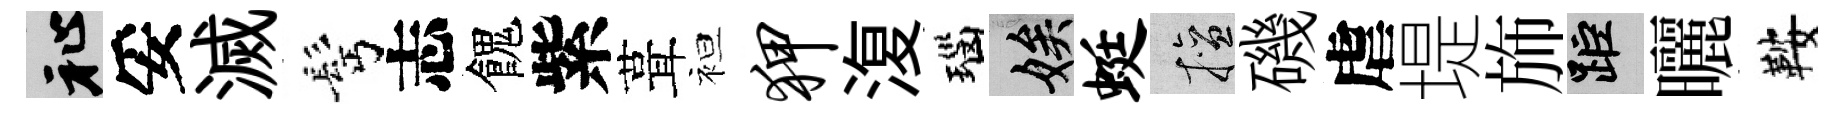
祉妥滅髩志餽紫葺袒狎𣸪瑙娭蜓擅磯虐堤斾距曬鞍